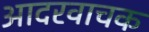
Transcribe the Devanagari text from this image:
आदरवाचक